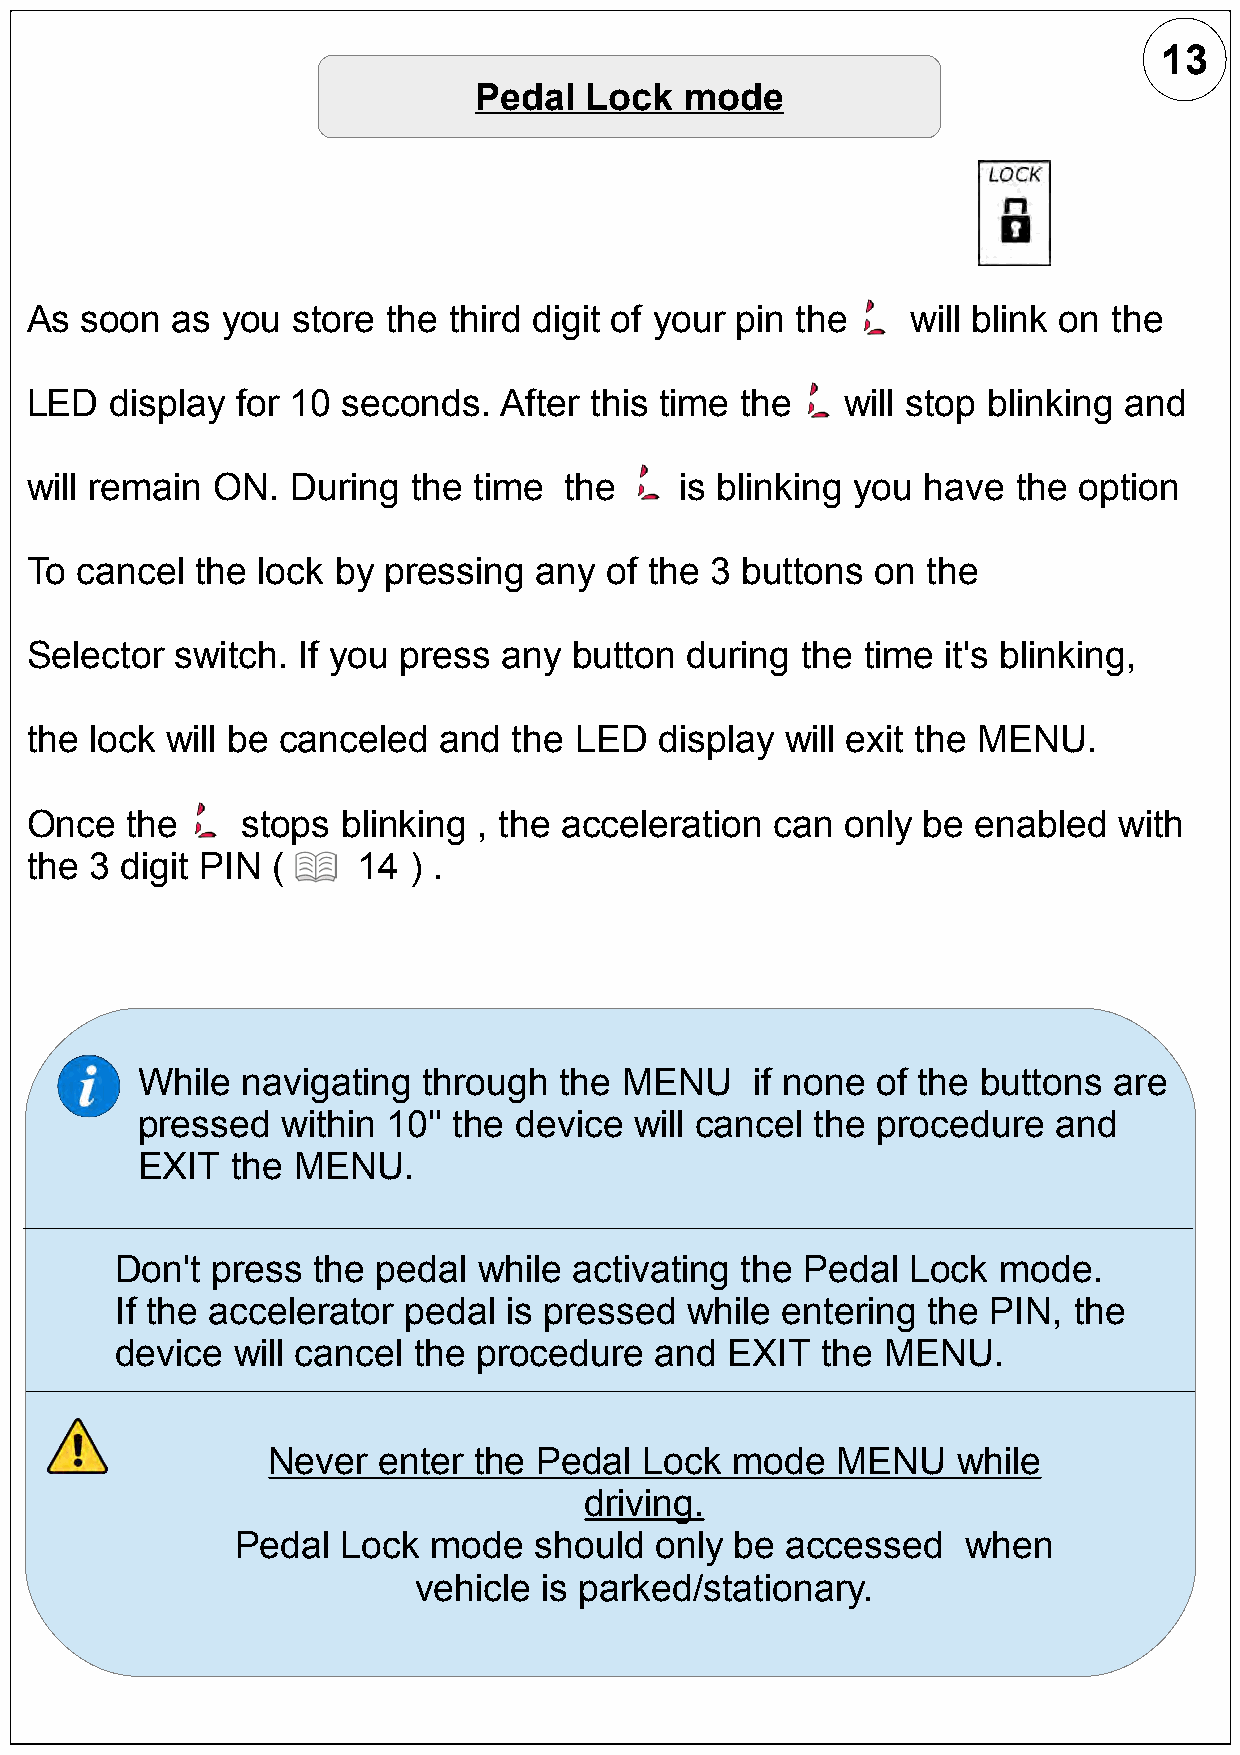
13
 Pedal   Lock  mode
 As soon  as  you store  the third digit of your pin the   will blink on the
 LED  display  for 10 seconds.  After this time the    will stop blinking and
 will remain ON.  During  the time  the     is blinking you have  the option
 To cancel  the lock by pressing  any  of the 3 buttons  on the
 Selector  switch. If you press any  button during  the time  it's blinking,
 the lock will be canceled  and  the LED   display will exit the MENU.
 Once  the     stops  blinking , the acceleration can  only be  enabled  with
 the 3 digit PIN (     14 ) .
 While  navigating  through  the MENU     if none of the buttons  are
 pressed   within 10'' the device will cancel the procedure   and
 EXIT  the MENU.
 Don't press  the pedal  while activating the Pedal  Lock  mode.
 If the accelerator pedal  is pressed  while entering the  PIN, the
 device will cancel the  procedure  and  EXIT  the MENU.
 Never  enter the  Pedal  Lock mode   MENU    while
 driving.
 Pedal  Lock  mode  should  only  be accessed    when
 vehicle  is parked/stationary.